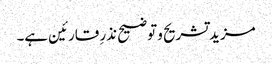
مزید تشریح و توضیح نذرِ قارئین ہے۔